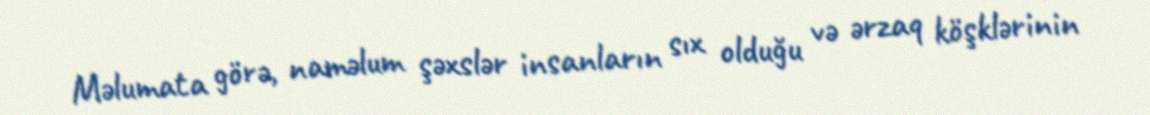
Məlumata görə, naməlum şəxslər insanların sıx olduğu və ərzaq köşklərinin